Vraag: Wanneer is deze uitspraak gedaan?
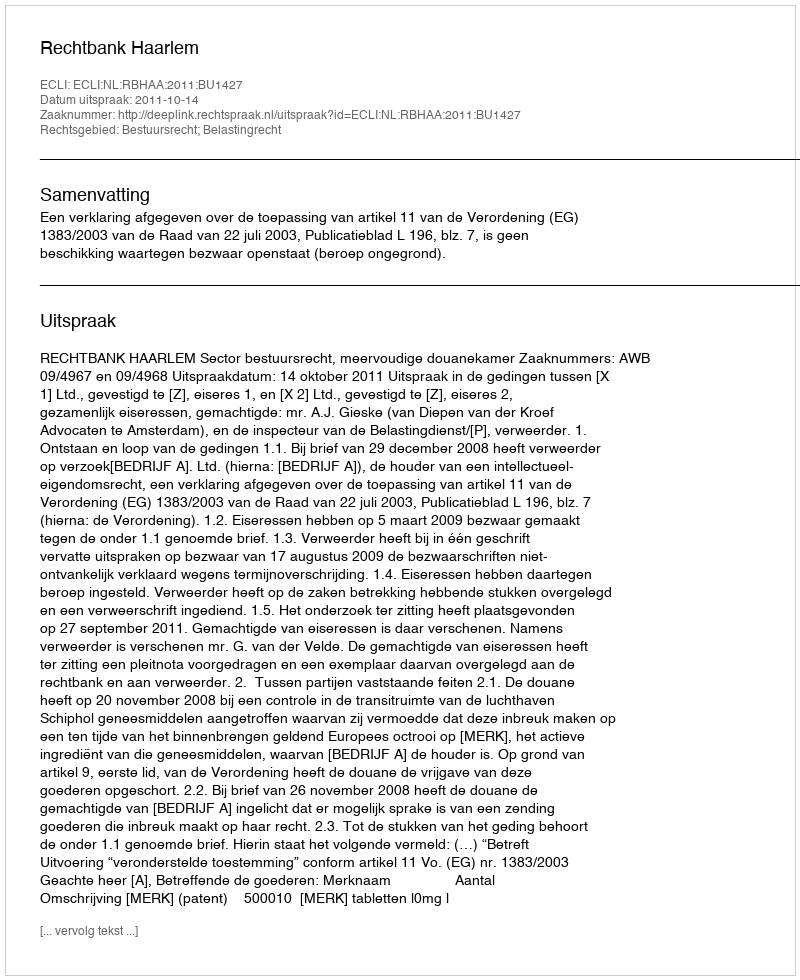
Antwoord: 2011-10-14